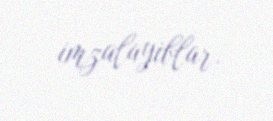
imzalayiblar.